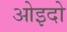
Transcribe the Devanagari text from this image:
ओइदो